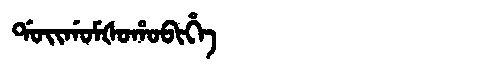
Manchu: ᡩᠣᡳᡤᠣᠮᡧᠣᡥᠣᠪᡳᡥᡝ
Romanization: DOIGOMŠOHOBIHE